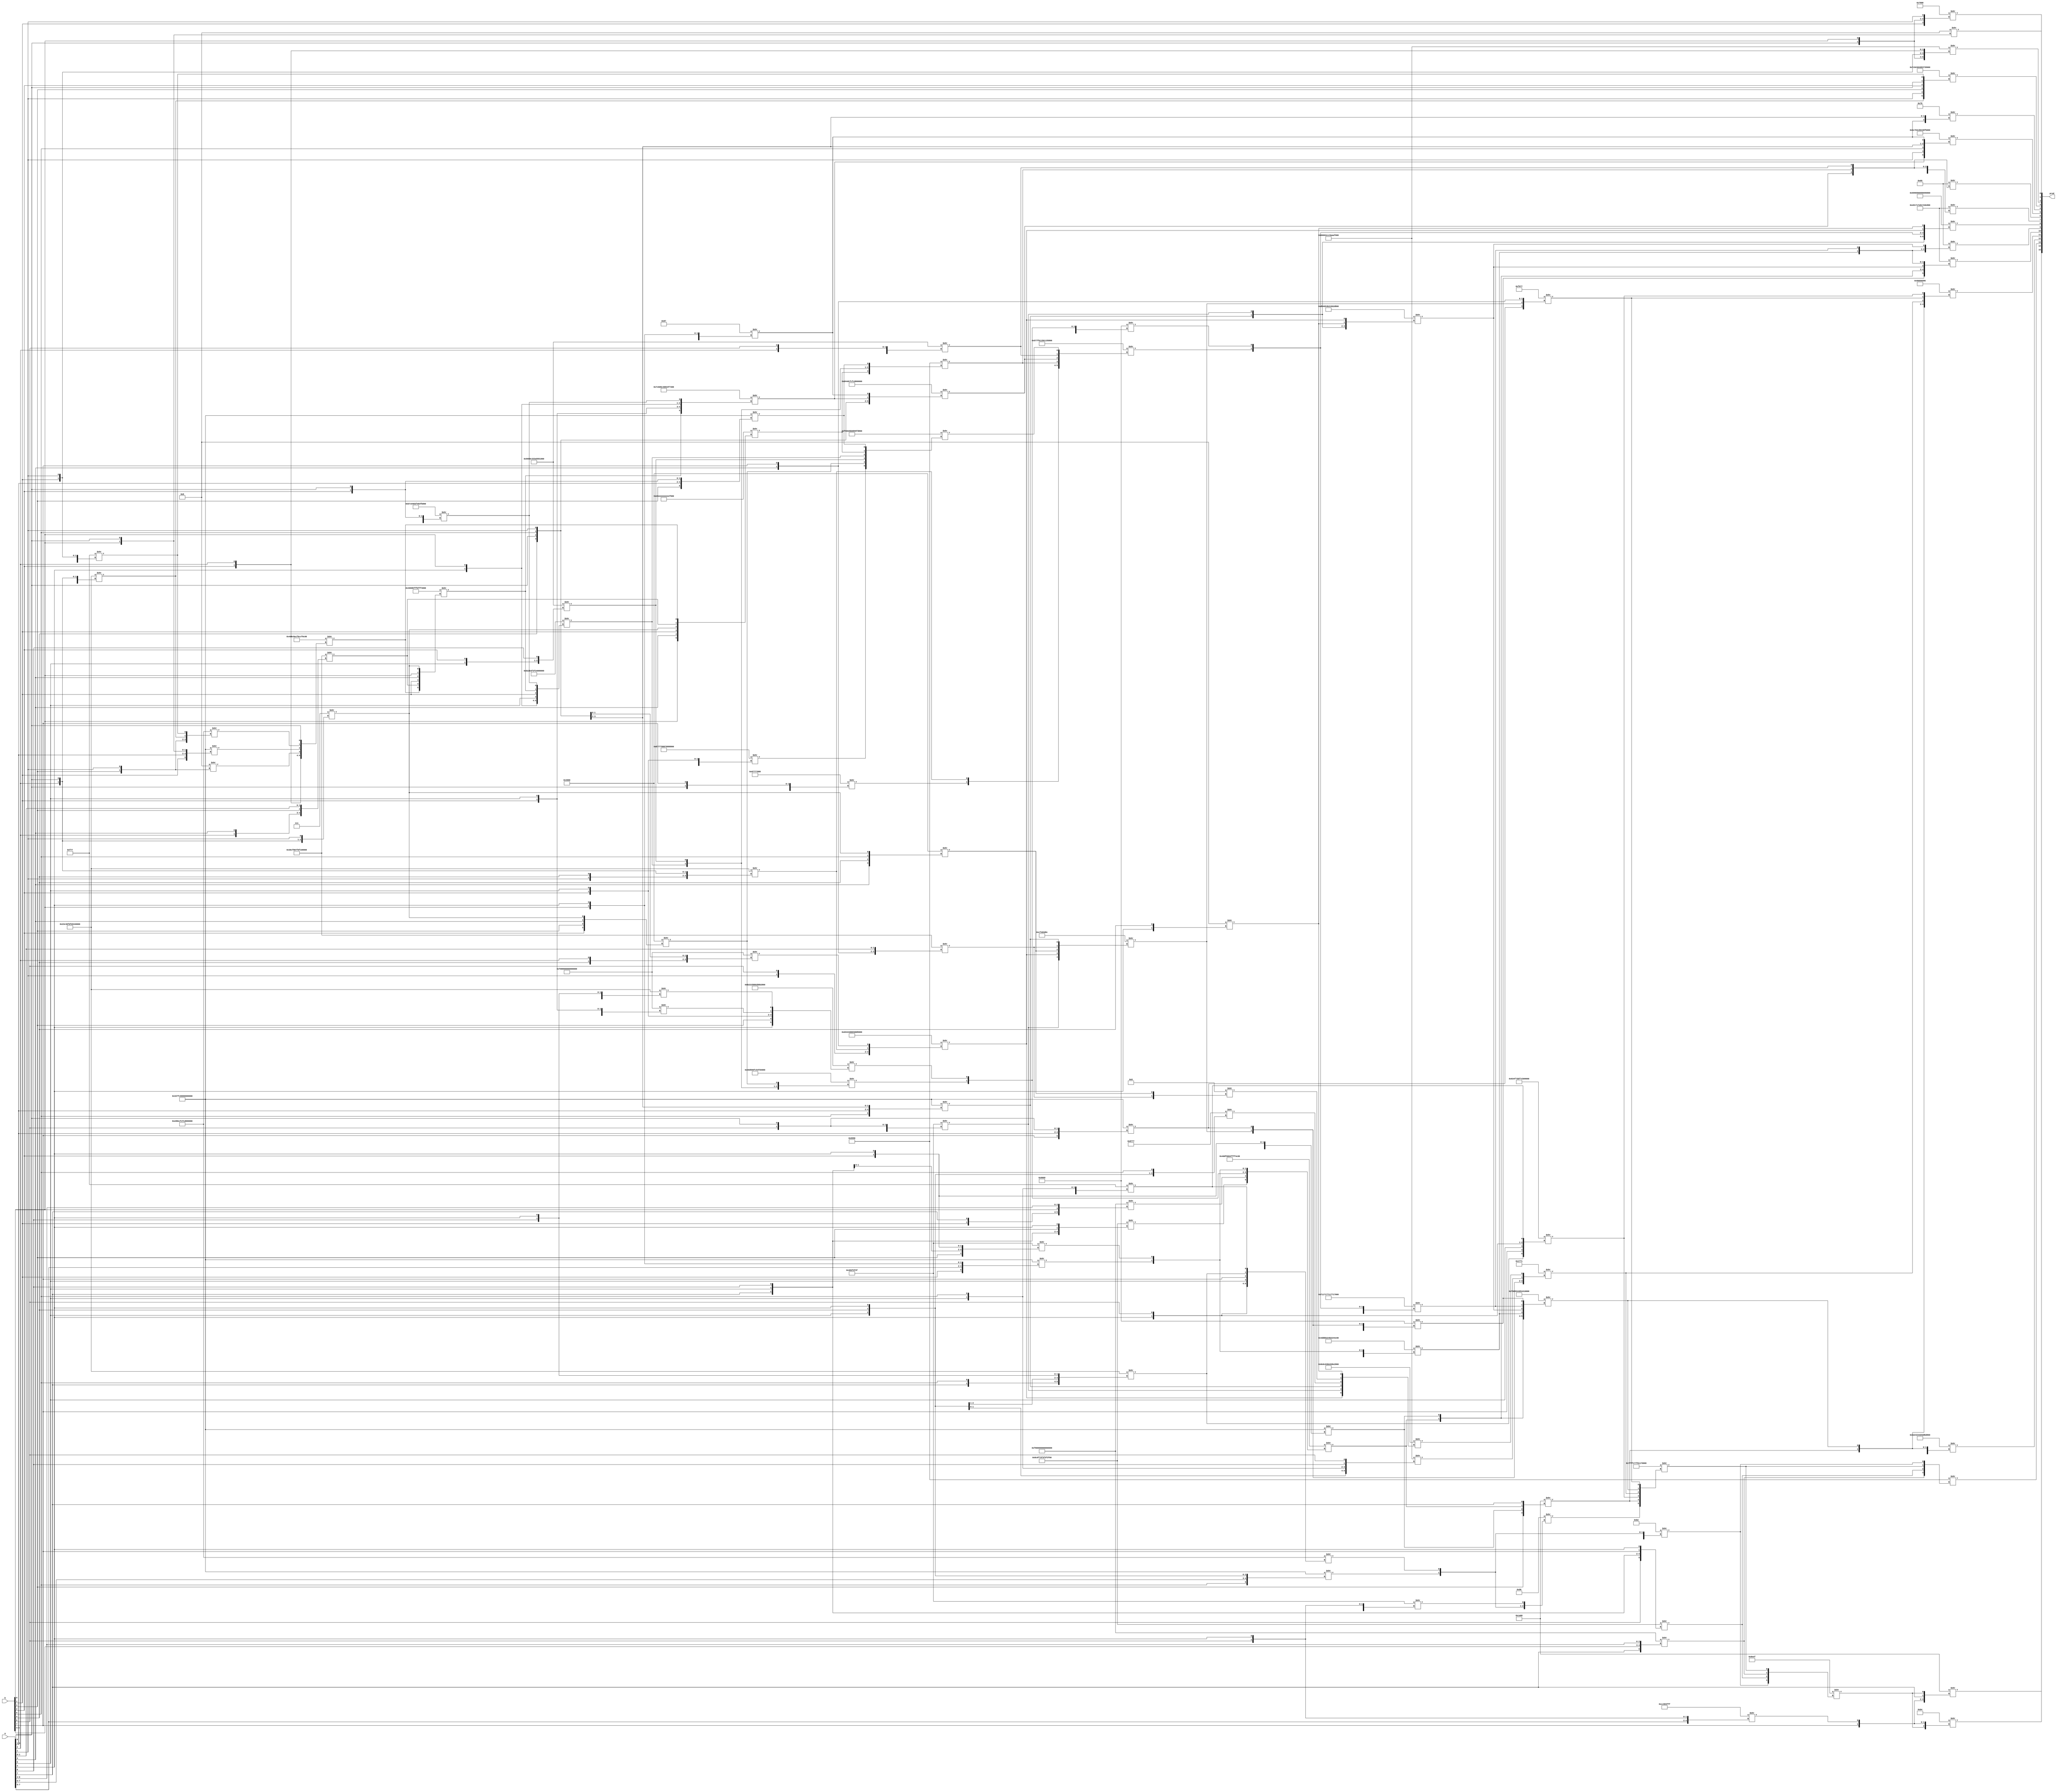
/* Generated by Yosys 0.16+65 (git sha1 051517d61, gcc 9.1.0 -fPIC -Os) */

module vedic8x8(a, b, prod);
  wire _000_;
  wire _001_;
  wire _002_;
  wire _003_;
  wire _004_;
  wire _005_;
  wire _006_;
  wire _007_;
  wire _008_;
  wire _009_;
  wire _010_;
  wire _011_;
  wire _012_;
  wire _013_;
  wire _014_;
  wire _015_;
  wire _016_;
  wire _017_;
  wire _018_;
  wire _019_;
  wire _020_;
  wire _021_;
  wire _022_;
  wire _023_;
  wire _024_;
  wire _025_;
  wire _026_;
  wire _027_;
  wire _028_;
  wire _029_;
  wire _030_;
  wire _031_;
  wire _032_;
  wire _033_;
  wire _034_;
  wire _035_;
  wire _036_;
  wire _037_;
  wire _038_;
  wire _039_;
  wire _040_;
  wire _041_;
  wire _042_;
  wire _043_;
  wire _044_;
  wire _045_;
  wire _046_;
  wire _047_;
  wire _048_;
  wire _049_;
  wire _050_;
  wire _051_;
  wire _052_;
  wire _053_;
  wire _054_;
  wire _055_;
  wire _056_;
  wire _057_;
  wire _058_;
  wire _059_;
  wire _060_;
  wire _061_;
  wire _062_;
  wire _063_;
  wire _064_;
  wire _065_;
  wire _066_;
  wire _067_;
  wire _068_;
  wire _069_;
  wire \RA2.RA0.FA0.HA0.sum ;
  wire \RA2.RA0.FA1.HA1.sum ;
  wire \RA2.RA0.FA2.HA1.sum ;
  wire \RA2.RA0.FA3.HA1.sum ;
  wire \RA2.RA0.FA4.HA1.sum ;
  wire \RA2.RA0.FA5.HA1.sum ;
  wire \RA2.RA1.FA0.HA1.sum ;
  wire \RA2.RA1.FA1.HA1.sum ;
  wire \RA2.RA1.FA2.HA1.sum ;
  wire \RA2.RA1.FA3.HA1.sum ;
  wire \RA2.RA1.FA4.HA1.sum ;
  wire \RA2.RA1.FA5.HA1.sum ;
  wire \VD0.RA2.FA0.HA0.sum ;
  wire \VD0.RA2.FA1.HA1.sum ;
  wire \VD0.VD0.HA0.sum ;
  wire \VD0.VD0.a0b0 ;
  input [7:0] a;
  wire [7:0] a;
  input [7:0] b;
  wire [7:0] b;
  output [15:0] prod;
  wire [15:0] prod;
  assign _010_ = 64'b0011001101111111110000000000000000000000000000000000000000000000 >> { b[1], a[7:5], b[0], a[4] };
  assign _011_ = 32'd1212104511 >> { b[3], a[5], a[6], b[2], a[4] };
  assign _012_ = 8'b00000111 >> { a[2], a[0], a[1] };
  assign _013_ = 16'b0100000000000000 >> { b[2], b[3], a[3], _012_ };
  assign \VD0.VD0.a0b0  = 4'b1000 >> { b[0], a[0] };
  assign _014_ = 64'b0011001101111111110000000000000000000000000000000000000000000000 >> { b[1], a[3:1], b[0], a[0] };
  assign _015_ = 64'b0010001111000011000011110000111111010011001100111111111111111111 >> { a[3], b[1], a[1], b[0], a[2], a[0] };
  assign _016_ = 16'b0000111101110111 >> { b[0], a[2], b[1], a[1] };
  assign _017_ = 64'b1110100010001110110011111100111111001100111111111111111111111111 >> { b[2], a[0], b[3], a[1], _015_, _016_ };
  assign _018_ = 4'b1000 >> { b[3], a[1] };
  assign _019_ = 64'b0100110100001100100011101100111100001100110011110000110011001111 >> { b[2], a[2], _018_, _014_, _017_, a[0] };
  assign _020_ = 64'b0011000011001111100000000111111100001111000011111111111111111111 >> { b[2], a[2], a[3], b[3], a[1:0] };
  assign _021_ = 64'b0100000000000000101111111111111110111111111111110100000000000000 >> { _019_, _020_, b[1], a[3], b[0], _012_ };
  assign _022_ = 64'b1011011111000000010010000011111101001000001111111011011111000000 >> { _017_, _014_, _018_, a[2], b[2], a[0] };
  assign _023_ = 64'b1011001000101011001111110011111100110011111111111111111111111111 >> { a[4], b[0], a[5], b[1], _021_, _022_ };
  assign _024_ = 64'b1001100110011001110000110011001110100101010101010000111111111111 >> { a[4], b[0], b[1], a[5], b[2], a[6] };
  assign _025_ = 64'b0010001111000011000011110000111111010011001100111111111111111111 >> { a[7], b[1], a[5], b[0], a[6], a[4] };
  assign _026_ = 64'b1111000010001000000000000000000000000000000000000000000000000000 >> { a[4], b[2], b[0], a[6], b[1], a[5] };
  assign _027_ = 64'b1000011101110111011110001000100001111000100010001000011101110111 >> { _025_, _026_, b[3], a[4], b[2], a[5] };
  assign _028_ = 64'b0011001101111111110000000000000000000000000000000000000000000000 >> { b[3], a[3:1], b[2], a[0] };
  assign _029_ = 64'b1110100011101110111011101110111011101110111011101110111011101110 >> { b[0], a[3], b[1], _012_, _020_, _019_ };
  assign _030_ = 64'b0100000011010101000000001111110001010100111111010100000011010101 >> { _028_, _029_, _027_, _023_, _024_, _013_ };
  assign _031_ = 64'b1011001000100010001010111011101100101011101110110010101110111011 >> { a[4], b[3:2], a[5], _026_, _025_ };
  assign _032_ = 16'b1001011001101001 >> { _011_, _010_, _030_, _031_ };
  assign _033_ = 64'b1111011001100000001010111011110100001001100111111101010001000010 >> { _027_, _013_, _024_, _023_, _029_, _028_ };
  assign _034_ = 16'b0110100110010110 >> { _029_, _023_, _024_, _028_ };
  assign _035_ = 64'b0111110010110000100011000100000010000011010011110111001110111111 >> { _021_, b[1], a[5:4], b[0], _022_ };
  assign _036_ = 8'b10000111 >> { _022_, b[0], a[4] };
  assign _037_ = 64'b1101010001001101110011111100111111001100111111111111111111111111 >> { b[4], a[0], b[5], a[1], _035_, _036_ };
  assign _038_ = 64'b1001100110011001110000110011001110100101010101010000111111111111 >> { b[4], a[0], b[5], a[1], a[2], b[6] };
  assign _039_ = 64'b1111000010001000000000000000000000000000000000000000000000000000 >> { a[0], b[6], b[4], a[2], b[5], a[1] };
  assign _040_ = 32'd2272753800 >> { _039_, b[6], a[1:0], b[7] };
  assign _041_ = 64'b0010001111000011000011110000111111010011001100111111111111111111 >> { a[3], b[5], a[1], b[4], a[2], a[0] };
  assign _042_ = 64'b0101011101111111000000010001010100000001000101010101011101111111 >> { _040_, _041_, _034_, _037_, _038_, _033_ };
  assign _043_ = 32'd1212104511 >> { a[1], b[7], a[2], b[6], a[0] };
  assign _044_ = 64'b0011001101111111110000000000000000000000000000000000000000000000 >> { b[5], a[3:1], b[4], a[0] };
  assign _045_ = 64'b1101010001000100010011011101110101001101110111010100110111011101 >> { a[0], b[7], a[1], b[6], _041_, _039_ };
  assign _046_ = 4'b1000 >> { a[4], b[4] };
  assign _047_ = 64'b0111000100010111000101110111000100010111011100010111000100010111 >> { _043_, _044_, _045_, _046_, _042_, _032_ };
  assign _048_ = 64'b0000100011000000111101110011111100111111001111110011111100111111 >> { b[2], a[7], a[5], a[6], b[3], a[4] };
  assign _049_ = 64'b1111100000000000000000000000000000000000000000000000000000000000 >> { b[1], a[7], b[0], a[6:4] };
  assign _050_ = 64'b0100110111011011101100100010010010110010001001000100110111011011 >> { _048_, _049_, _031_, _030_, _010_, _011_ };
  assign _051_ = 16'b0100000000000000 >> { a[3], b[4], b[5], _012_ };
  assign _052_ = 64'b0011000011001111100000000111111100001111000011111111111111111111 >> { b[6], a[2], a[3], b[7], a[1:0] };
  assign _053_ = 4'b1001 >> { _052_, _051_ };
  assign _054_ = 16'b1000011101110111 >> { a[5], b[4], a[4], b[5] };
  assign _055_ = 64'b1101101101001101001001001011001000100100101100101101101101001101 >> { _053_, _054_, _044_, _043_, _046_, _045_ };
  assign \RA2.RA0.FA5.HA1.sum  = 8'b01101001 >> { _050_, _047_, _055_ };
  assign \RA2.RA0.FA4.HA1.sum  = 64'b0110100110010110100101100110100110010110011010010110100110010110 >> { _044_, _043_, _042_, _032_, _045_, _046_ };
  assign \RA2.RA0.FA3.HA1.sum  = 64'b1110100000010111000101111110100000010111111010001110100000010111 >> { _040_, _041_, _033_, _037_, _034_, _038_ };
  assign \RA2.RA0.FA2.HA1.sum  = 8'b01101001 >> { _037_, _034_, _038_ };
  assign \RA2.RA0.FA1.HA1.sum  = 64'b1011110001110000010011001000000001000011100011111011001101111111 >> { _035_, a[1], b[5:4], a[0], _036_ };
  assign _056_ = 64'b0000100011000000111101110011111100111111001111110011111100111111 >> { b[6], a[7], a[5], a[6], b[7], a[4] };
  assign _057_ = 32'd1212104511 >> { a[5], b[7], a[6], b[6], a[4] };
  assign _058_ = 64'b0011001101111111110000000000000000000000000000000000000000000000 >> { b[5], a[7:5], b[4], a[4] };
  assign _059_ = 64'b0010001111000011000011110000111111010011001100111111111111111111 >> { a[7], b[5], a[5], b[4], a[6], a[4] };
  assign _060_ = 16'b0000111101110111 >> { b[4], a[6:5], b[5] };
  assign _061_ = 64'b1110100010001110110011111100111111001100111111111111111111111111 >> { a[4], b[6], a[5], b[7], _059_, _060_ };
  assign _062_ = 8'b10110010 >> { _057_, _058_, _061_ };
  assign _063_ = 64'b1111100000000000000000000000000000000000000000000000000000000000 >> { a[7], b[5:4], a[6:4] };
  assign _064_ = 64'b1000111000001100000000111000111000000011100011100010101100000011 >> { _045_, _043_, _044_, _054_, _053_, _046_ };
  assign _065_ = 64'b0110011001100110001111001100110001011010101010101111000000000000 >> { b[4], a[4], a[5], b[5], a[6], b[6] };
  assign _066_ = 32'd3477949708 >> { _043_, _045_, _051_, _052_, _044_ };
  assign _067_ = 64'b0011001101111111110000000000000000000000000000000000000000000000 >> { b[7], a[3:1], b[6], a[0] };
  assign _068_ = 16'b1001011001101001 >> { _065_, _064_, _066_, _067_ };
  assign _069_ = 64'b0011001101111111110000000000000000000000000000000000000000000000 >> { b[3], a[7:5], b[2], a[4] };
  assign _000_ = 64'b0100110111011111000000000000010011111111111111110100110111011111 >> { _048_, _049_, _030_, _031_, _010_, _011_ };
  assign _001_ = 64'b1111110111010101010101000100000001010100010000001111110111010101 >> { _000_, _069_, _050_, _055_, _047_, _068_ };
  assign _002_ = 64'b1000001101001111011100111011111101111100101100001000110001000000 >> { _059_, b[7], a[5:4], b[6], _060_ };
  assign _003_ = 16'b1100101000000000 >> { b[3], _069_, _000_, a[7] };
  assign _004_ = 16'b0001011101110001 >> { _066_, _067_, _065_, _064_ };
  assign _005_ = 16'b1111000001110111 >> { _067_, _066_, a[3], b[7] };
  assign _006_ = 8'b10010110 >> { _058_, _061_, _057_ };
  assign _007_ = 64'b0111111111111111000101110111111100000001000101110000000000000001 >> { _006_, _003_, _002_, _004_, _001_, _005_ };
  assign _008_ = 16'b1000111011101111 >> { _062_, _056_, _063_, _007_ };
  assign _009_ = 32'd3430957055 >> { a[7:5], b[6], a[4] };
  assign \RA2.RA1.FA5.HA1.sum  = 16'b1100101000000000 >> { b[7], _009_, a[7], _008_ };
  assign \RA2.RA1.FA4.HA1.sum  = 8'b10110100 >> { _008_, b[7], _009_ };
  assign \RA2.RA1.FA3.HA1.sum  = 16'b0110100110010110 >> { _063_, _056_, _007_, _062_ };
  assign \RA2.RA1.FA2.HA1.sum  = 64'b1011001000100100001001000100110101001101110110111101101110110010 >> { _006_, _002_, _005_, _004_, _003_, _001_ };
  assign \RA2.RA1.FA1.HA1.sum  = 32'd2523490710 >> { _003_, _001_, _004_, _005_, _002_ };
  assign \RA2.RA1.FA0.HA1.sum  = 64'b1110100000010111000101111110100000010111111010001110100000010111 >> { _068_, _000_, _069_, _055_, _050_, _047_ };
  assign \VD0.RA2.FA0.HA0.sum  = 64'b0110011001100110001111001100110001011010101010101111000000000000 >> { a[0], b[0], b[1], a[1], b[2], a[2] };
  assign \VD0.VD0.HA0.sum  = 16'b0111100010001000 >> { b[1], a[0], b[0], a[1] };
  assign \VD0.RA2.FA1.HA1.sum  = 64'b0111110010001100101100000100000010000011011100110100111110111111 >> { _015_, a[1], b[3], a[0], b[2], _016_ };
  assign \RA2.RA0.FA0.HA0.sum  = 8'b01111000 >> { _036_, b[4], a[0] };
  assign prod = { \RA2.RA1.FA5.HA1.sum , \RA2.RA1.FA4.HA1.sum , \RA2.RA1.FA3.HA1.sum , \RA2.RA1.FA2.HA1.sum , \RA2.RA1.FA1.HA1.sum , \RA2.RA1.FA0.HA1.sum , \RA2.RA0.FA5.HA1.sum , \RA2.RA0.FA4.HA1.sum , \RA2.RA0.FA3.HA1.sum , \RA2.RA0.FA2.HA1.sum , \RA2.RA0.FA1.HA1.sum , \RA2.RA0.FA0.HA0.sum , \VD0.RA2.FA1.HA1.sum , \VD0.RA2.FA0.HA0.sum , \VD0.VD0.HA0.sum , \VD0.VD0.a0b0  };
endmodule